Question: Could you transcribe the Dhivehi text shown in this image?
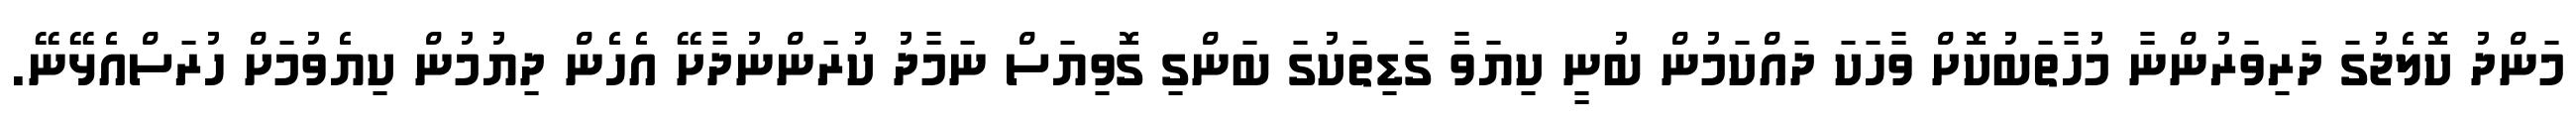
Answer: މަންދު ކޮލެޖުގަ ދަރިވަރުންނާ މުހާތަބުކޮށް ވާހަކަ ދައްކަމުން ބުނީ ކިޔަވަާ ގަޑިތަކުގަ ބަންގި ގޮވިޔަސް ނަމާދު ކުރަންނުދާށޭ އެހެން ދިޔުމުން ކިޔެވުމަށް ހުރަސްއެޅޭނޭ.